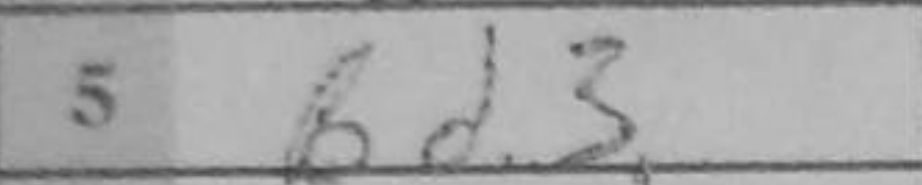
Transcription: Bd3